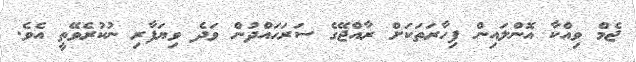
ޖެމް ވިއްކާ އޮންލައިން ފިހާރަތަކަށް ރާއްޖޭގެ ސަރަހައްދުން ވަދެ ވިޔަފާރި ނުކުރެވޭތީ އެވެ.